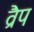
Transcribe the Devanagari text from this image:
व्रैप